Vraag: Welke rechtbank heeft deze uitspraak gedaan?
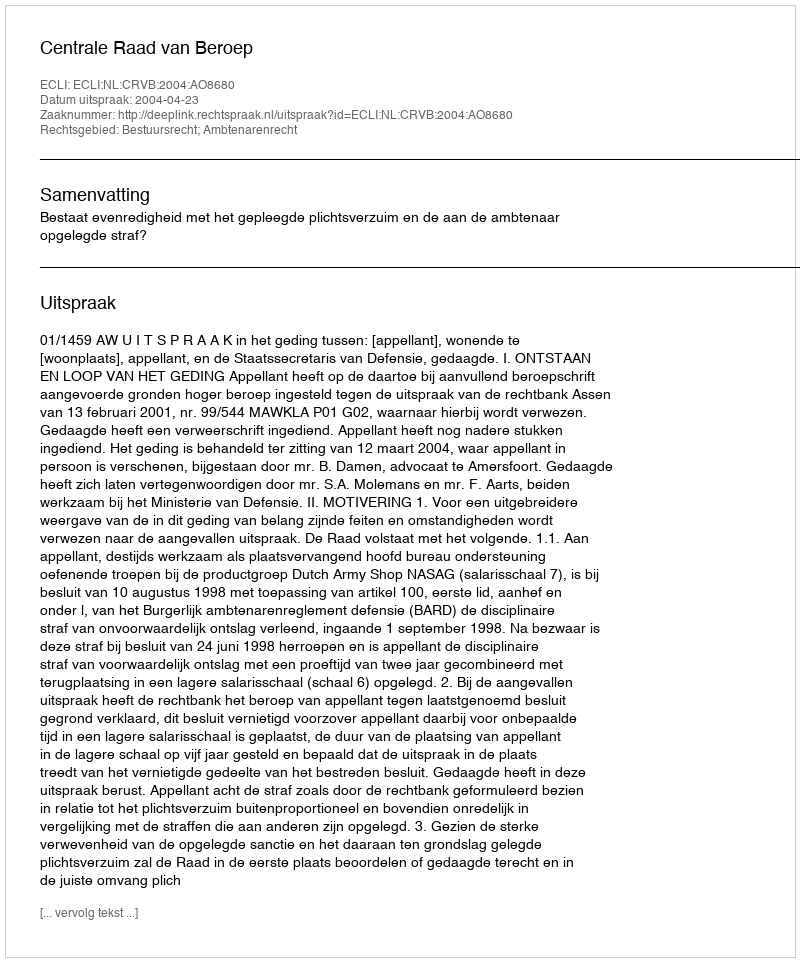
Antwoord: Centrale Raad van Beroep